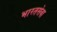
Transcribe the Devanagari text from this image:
भारतसेवा